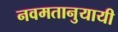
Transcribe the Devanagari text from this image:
नवमतानुयायी